Trukikaitis_Postimees, lk 33
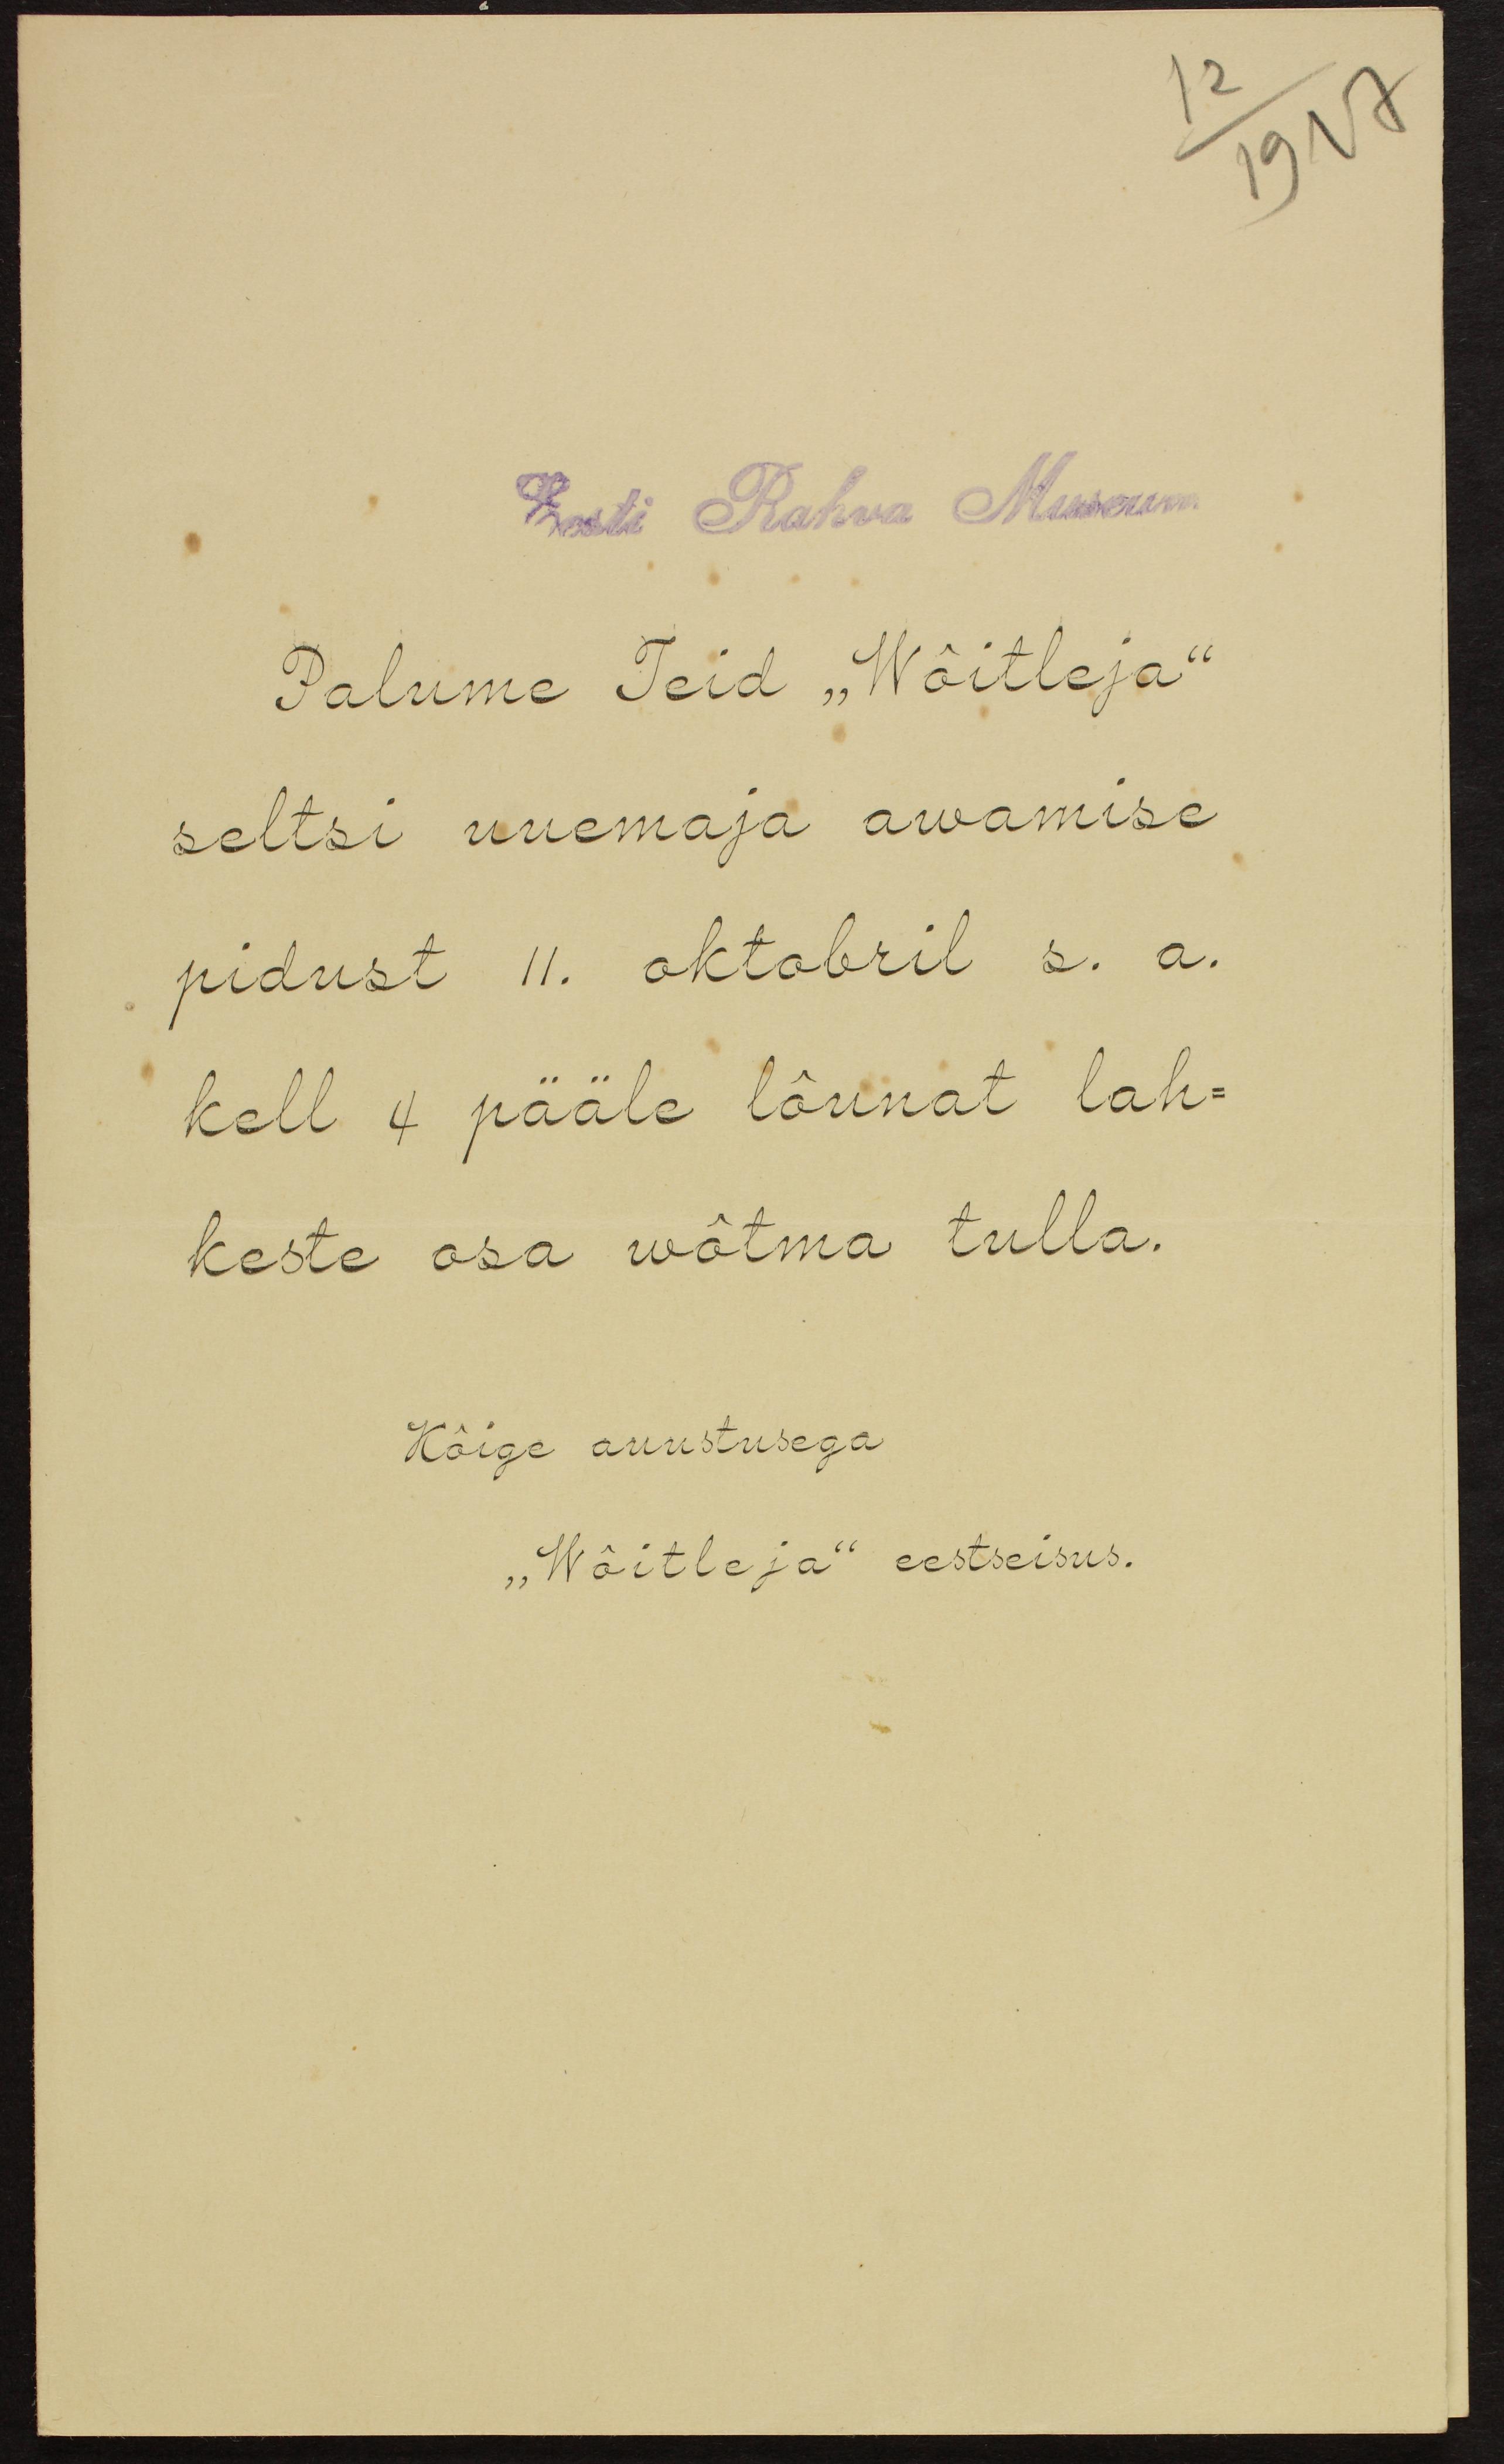
Eesti Rahva Museum
Palume Teid "Wõitleja"
seltsi uuemaja awamise
pidust 11. oktobril s. a.
kell 4 pääle lõunat lah-
keste osa wõtma tulla.
Kõige auustusega
"Wõitleja" eestseisus.